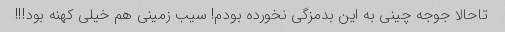
تاحالا جوجه چینى به این بدمزگى نخورده بودم! سیب زمینى هم خیلى کهنه بود!!!